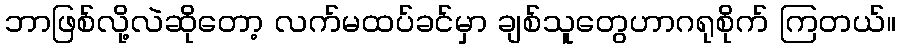
ဘာဖြစ်လို့လဲဆိုတော့ လက်မထပ်ခင်မှာ ချစ်သူတွေဟာဂရုစိုက် ကြတယ်။